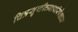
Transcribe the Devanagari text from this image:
चित्रसृष्टीच्यापरिपेक्षात